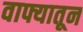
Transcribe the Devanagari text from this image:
वाफ्यातून